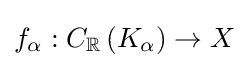
f_{\alpha }:C_{\mathbb {R} }\left(K_{\alpha }\right)\to X